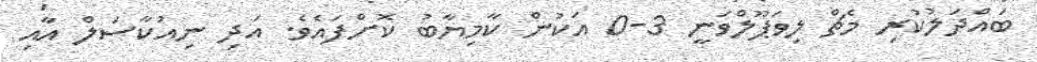
ބައްދަލުކުރި މެޗް ލިވަޕޫލްވަނީ 3-0 އަކުން ކާމިޔާބު ކޮށްފައެވެ. އަދި ނިއުކާސަލް އާއި